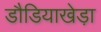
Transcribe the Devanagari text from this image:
डौडियाखेड़ा